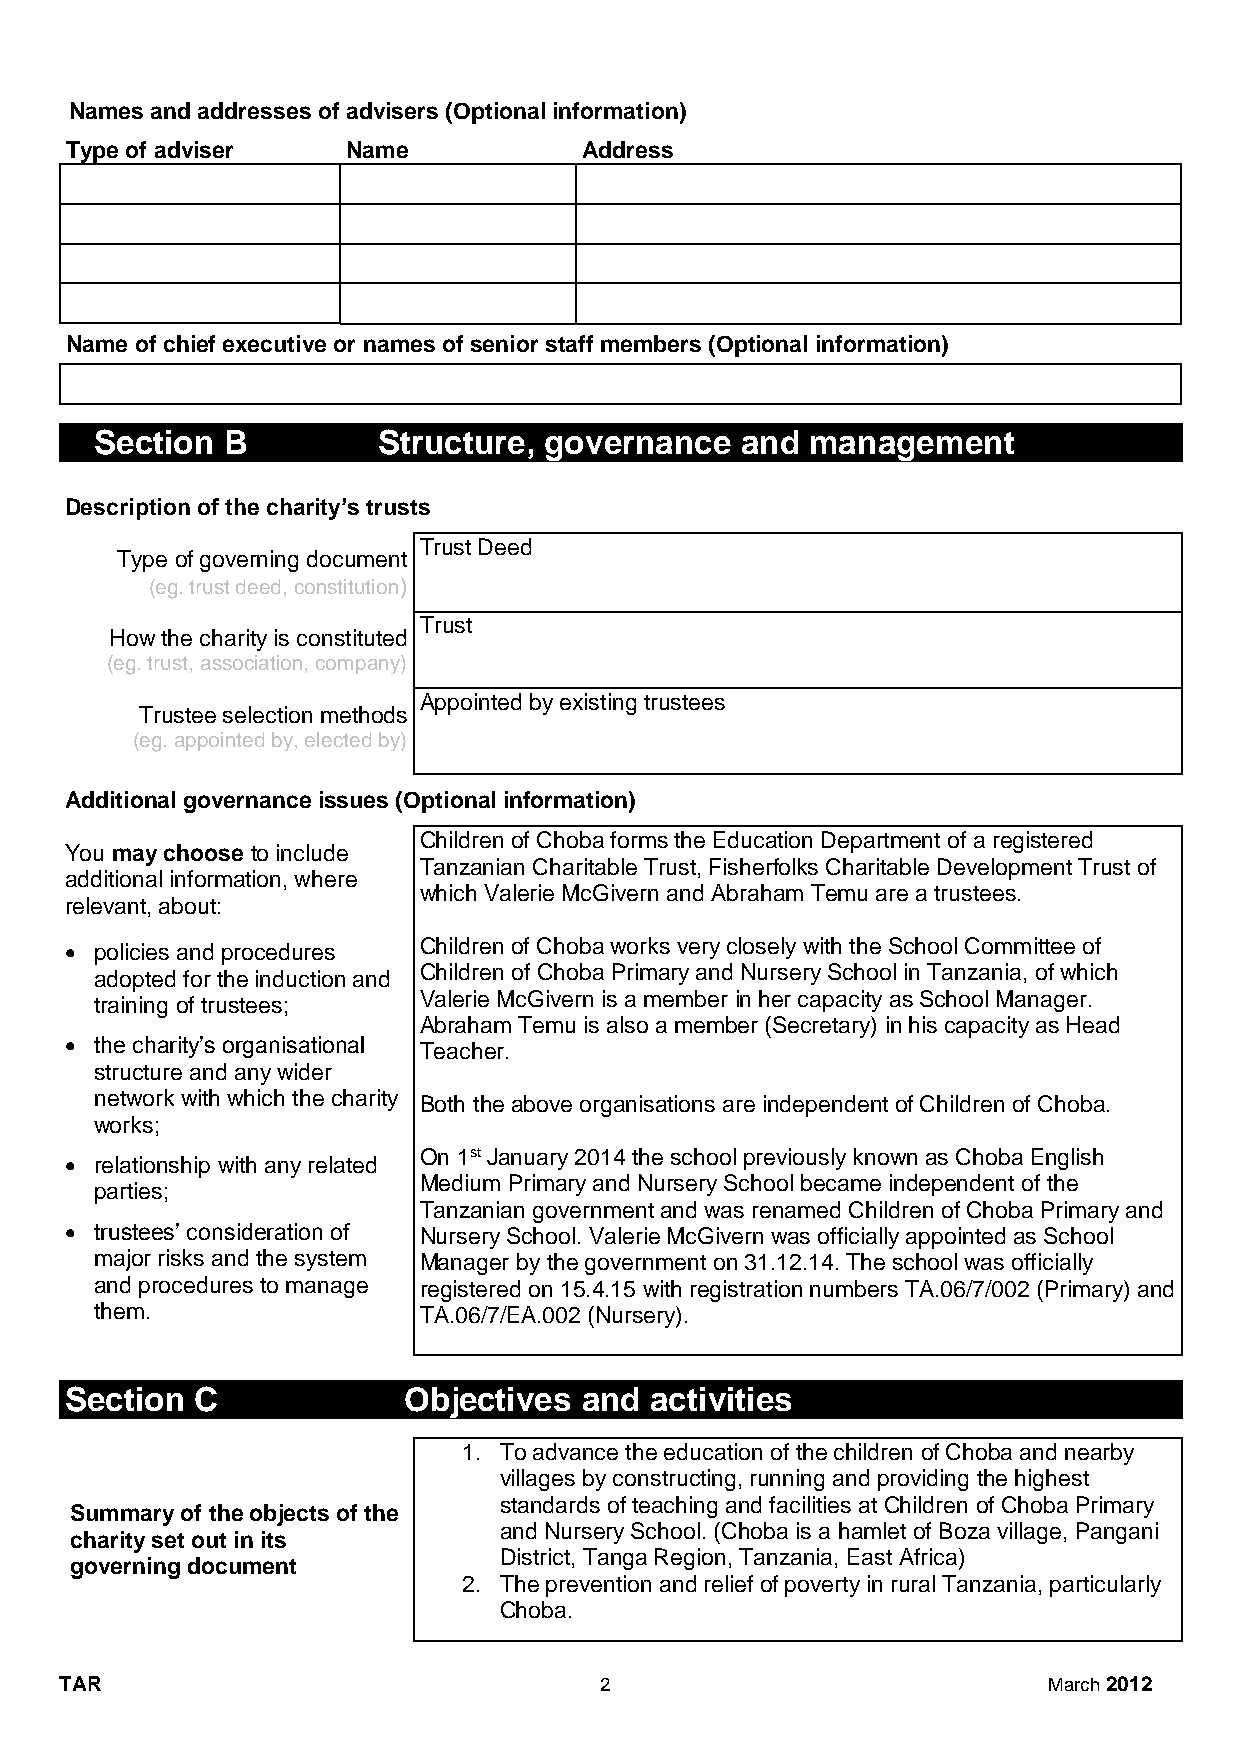
Names and addresses of advisers (Optional information)
 Type of adviser    Name            Address
 Name of chief executive or names of senior staff members (Optional information)
 Section  B         Structure, governance   and  management
 Description of the charity’s trusts
 Trust Deed
 Type of governing document
 (eg. trust deed, constitution)
 Trust
 How the charity is constituted
 (eg. trust, association, company)
 Appointed by existing trustees
 Trustee selection methods
 (eg. appointed by, elected by)
 Additional governance issues (Optional information)
 Children of Choba forms the Education Department of a registered
 You may choose to include
 Tanzanian Charitable Trust, Fisherfolks Charitable Development Trust of
 additional information, where
 which Valerie McGivern and Abraham Temu are a trustees.
 relevant, about:
  policies and procedures Children of Choba works very closely with the School Committee of
 Children of Choba Primary and Nursery School in Tanzania, of which
 adopted for the induction and
 training of trustees; Valerie McGivern is a member in her capacity as School Manager.
 Abraham Temu is also a member (Secretary) in his capacity as Head
  the charity’s organisational Teacher.
 structure and any wider
 network with which the charity Both the above organisations are independent of Children of Choba.
 works;
 On 1st January 2014 the school previously known as Choba English
  relationship with any related
 Medium Primary and Nursery School became independent of the
 parties;
 Tanzanian government and was renamed Children of Choba Primary and
  trustees’ consideration of Nursery School. Valerie McGivern was officially appointed as School
 major risks and the system Manager by the government on 31.12.14. The school was officially
 and procedures to manage registered on 15.4.15 with registration numbers TA.06/7/002 (Primary) and
 them.                 TA.06/7/EA.002 (Nursery).
 Section  C             Objectives and  activities
 1. To advance the education of the children of Choba and nearby
 villages by constructing, running and providing the highest
 standards of teaching and facilities at Children of Choba Primary
 Summary of the objects of the
 and Nursery School. (Choba is a hamlet of Boza village, Pangani
 charity set out in its
 District, Tanga Region, Tanzania, East Africa)
 governing document
 2. The prevention and relief of poverty in rural Tanzania, particularly
 Choba.
 TAR                                 2                            March 2012